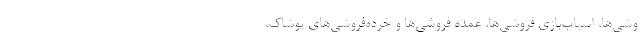
وشی‌ها، اسباب‌بازی فروشی‌ها، عمده فروشی‌ها و خرده‌فروشی‌های پوشاک،